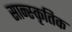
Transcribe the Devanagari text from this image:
सान्स्कृतिक